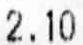
2.10